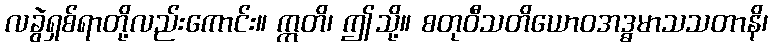
လခွဲရှစ်ရာတို့လည်းကောင်း။ ဣတိ၊ ဤသို့။ စတုဝီသတိယောဝအဒ္ဓမာသသတာနိ၊